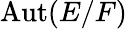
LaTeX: \operatorname{Aut}(E/F)